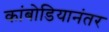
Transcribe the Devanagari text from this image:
कांबोडियानंतर